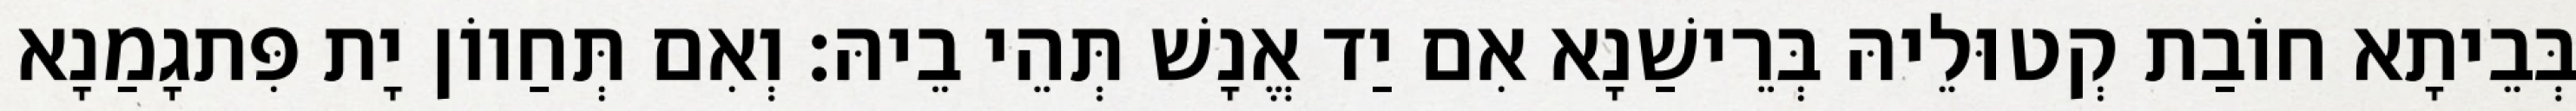
בְּבֵיתָא חוֹבַת קְטוּלֵיהּ בְּרֵישַׁנָא אִם יַד אֱנָשׁ תְּהֵי בֵיהּ׃ וְאִם תְּחַווֹן יָת פִּתגָמַנָא